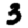
Digit: 3